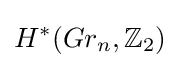
H^{*}(Gr_{n},\mathbb {Z} _{2})